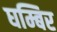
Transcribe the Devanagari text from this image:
घम्बिर